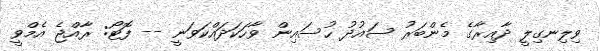
ވިލިނގިލީ ދާއިރާގެ މެންބަރު ސައުދު ހުސައިން ވާހަކަދައްކަވަނީ -- ފޮޓޯ: ރާއްޖެ އެމްވީ